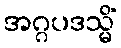
အဂ္ဂပဒသ္မိံ